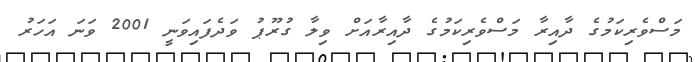
މަސްވެރިކަމުގެ ދާއިރާ މަސްވެރިކަމުގެ ދާއިރާއަށް ވިލާ ގުރޫޕު ވަދެފައިވަނީ 2001 ވަނަ އަހަރު